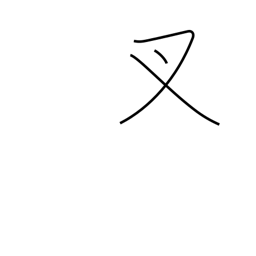
Meaning: crotch